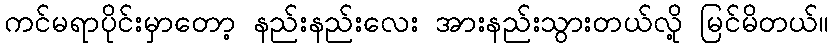
ကင်မရာပိုင်းမှာတော့ နည်းနည်းလေး အားနည်းသွားတယ်လို့ မြင်မိတယ်။